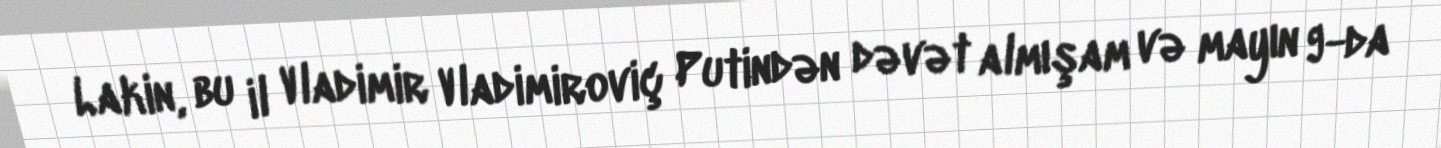
Lakin, bu il Vladimir Vladimiroviç Putindən dəvət almışam və mayın 9-da